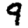
Digit: 9